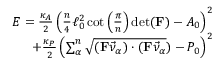
\begin{array} { r } { E = \frac { \kappa _ { A } } { 2 } \left( \frac { n } { 4 } \ell _ { 0 } ^ { 2 } \cot \left( \frac { \pi } { n } \right) \operatorname* { d e t } ( \mathbf { F } ) - A _ { 0 } \right) ^ { 2 } } \\ { + \frac { \kappa _ { P } } { 2 } \left( \sum _ { \alpha } ^ { n } \sqrt { ( \mathbf { F } \vec { \nu } _ { \alpha } ) \cdot ( \mathbf { F } \vec { \nu } _ { \alpha } } ) - P _ { 0 } \right) ^ { 2 } } \end{array}